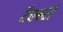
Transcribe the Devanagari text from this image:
टैक्स्टों